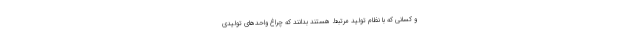
و کسانی که با نظام تولید مرتبط هستند بدانند که چراغ واحدهای تولیدی